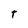
Character: t